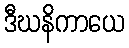
ဒီဃနိကာယေ